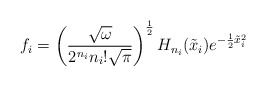
\begin{align*}f_{i}= \left(\frac{\sqrt{\omega}}{2^{n_{i}} n_{i}!\sqrt{\pi}}\right)^{\frac{1}{2}}H_{n_{i}}(\tilde{x}_{i})e^{-\frac{1}{2}\tilde{x}_{i}^{2}}\end{align*}